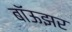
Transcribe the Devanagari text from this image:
बॉऊझर